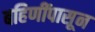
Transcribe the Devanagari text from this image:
बहिणींपासून